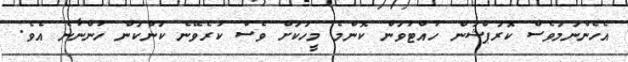
އެހެންނަމަވެސް ކޮރަޕްޝަން ހުއްޓުވަން ކޮންމެ މީހަކަށް ވެސް ކުރެވޭނެ ކަންކަން ހުންނާނެ އެވެ.